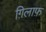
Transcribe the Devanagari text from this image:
ग़िलाफ़